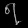
Digit: ၇